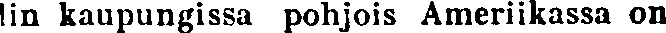
lin kaupungissa pohjois Ameriikassa on